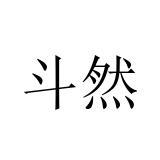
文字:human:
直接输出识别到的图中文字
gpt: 斗然